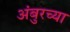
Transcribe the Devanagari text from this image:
अंबुरच्या